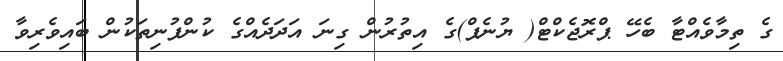
ގެ ތިމާވެއްޓާ ބެހޭ ޕްރޮޖެކްޓް( ޔުނެޕް)ގެ އިތުރުން ގިނަ އަދަދެއްގެ ކުންފުނިތަކުން ބައިވެރިވާ